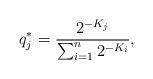
LaTeX: \begin{align*}q^*_j = \frac{2^{-K_j}}{\sum_{i=1}^n{2^{-K_i}}},\end{align*}